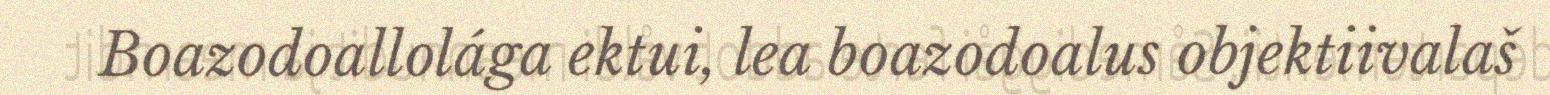
Boazodoallolága ektui, lea boazodoalus objektiivalaš